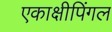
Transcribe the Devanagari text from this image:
एकाक्षीपिंगल